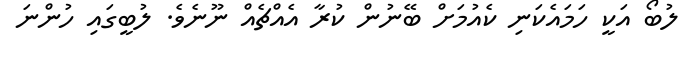
ލުބޯ އަކީ ހަމައެކަނި ކެއުމަށް ބޭނުން ކުރާ އެއްޗެއް ނޫނެވެ. ލުބީގައި ހުންނަ